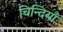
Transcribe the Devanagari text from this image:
चिन्दियाँ